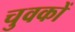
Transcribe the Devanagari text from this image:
चुवकों